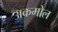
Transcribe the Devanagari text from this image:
अकमोल